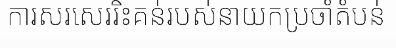
ការសរសេររិះគន់របស់នាយកប្រចាំតំបន់